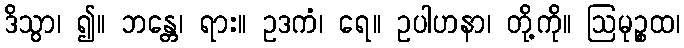
ဒိသွာ၊ ၍။ ဘန္တေ၊ ရား။ ဥဒကံ၊ ရေ။ ဥပါဟနာ၊ တို့ကို။ ဩမုဉ္စထ၊